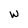
Character: w